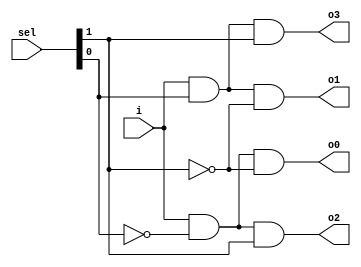
//Designed by Pavan V L
module dmux14(i,sel,o0,o1,o2,o3);
input i;
input [1:0]sel;
output o0,o1,o2,o3;


assign o0 = i&(~sel[0])&(~sel[1]);
assign o1 = i&(sel[0])&(~sel[1]);
assign o2 = i&(~sel[0])&(sel[1]);
assign o3 = i&(sel[0])&(sel[1]);

endmodule